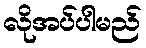
လိုအပ်ပါမည်